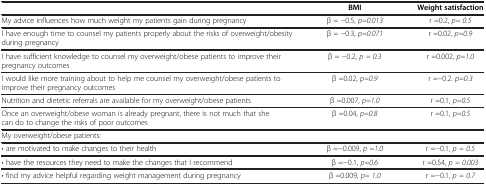
<table><thead><tr><td><b> </b></td><td><b>BMI</b></td><td><b>Weight satisfaction</b></td></tr></thead><tbody><tr><td>My advice influences how much weight my patients gain during pregnancy</td><td>β = −0.5, <i>p=0.013</i></td><td>r =0.2, <i>p= 0.5</i></td></tr><tr><td>I have enough time to counsel my patients properly about the risks of overweight/obesity during pregnancy</td><td>β = −0.3, <i>p=0.071</i></td><td>r =0.02, <i>p=0.9</i></td></tr><tr><td>I have sufficient knowledge to counsel my overweight/obese patients to improve their pregnancy outcomes</td><td>β = −0.2, <i>p = 0.3</i></td><td>r =0.002, <i>p=1.0</i></td></tr><tr><td>I would like more training about to help me counsel my overweight/obese patients to improve their pregnancy outcomes</td><td>β =0.02, <i>p=0.9</i></td><td>r =−0.2. <i>p=0.3</i></td></tr><tr><td>Nutrition and dietetic referrals are available for my overweight/obese patients</td><td>β =0.007, <i>p=1.0</i></td><td>r =0.1, <i>p=0.5</i></td></tr><tr><td>Once an overweight/obese woman is already pregnant, there is not much that she can do to change the risks of poor outcomes</td><td>β =0.04, <i>p=0.8</i></td><td>r =0.1, <i>p=0.5</i></td></tr><tr><td>My overweight/obese patients:</td><td> </td><td> </td></tr><tr><td>• are motivated to make changes to their health</td><td>β =−0.009, <i>p =1.0</i></td><td>r =−0.1, <i>p = 0.5</i></td></tr><tr><td>• have the resources they need to make the changes that I recommend</td><td>β =−0.1, <i>p=0.6</i></td><td>r =0.54, <i>p = 0.003</i></td></tr><tr><td>• find my advice helpful regarding weight management during pregnancy</td><td>β =0.009, <i>p= 1.0</i></td><td>r =−0.1, <i>p = 0.7</i></td></tr></tbody></table>